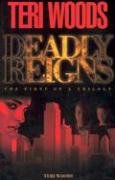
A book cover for Deadly Reigns: The First of a Trilogy; Teri Woods; Mystery, Thriller & Suspense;